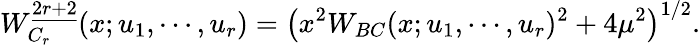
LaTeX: W_{C_{r}}^{\underline{{{2r+2}}}}(x;u_{1},\cdots,u_{r})=\left(x^{2}W_{BC}(x;u_{1},\cdots,u_{r})^{2}+4\mu^{2}\right)^{1/2}.